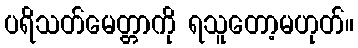
ပရိသတ်မေတ္တာကို ရသူတော့မဟုတ်။